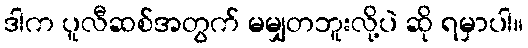
ဒါက ပူလီဆစ်အတွက် မမျှတဘူးလို့ပဲ ဆို ရမှာပါ။